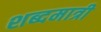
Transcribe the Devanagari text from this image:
शब्दमात्री